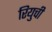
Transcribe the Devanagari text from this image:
रियुची